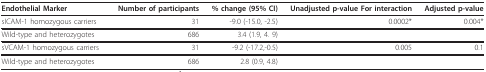
<table><thead><tr><td><b>Endothelial Marker</b></td><td><b>Number of participants</b></td><td><b>% change (95% CI)</b></td><td><b>Unadjusted p-value For interaction</b></td><td><b>Adjusted p-value</b></td></tr></thead><tbody><tr><td>sICAM-1 homozygous carriers</td><td>31</td><td>-9.0 (-15.0, -2.5)</td><td>0.0002*</td><td>0.004*</td></tr><tr><td>Wild-type and heterozygotes</td><td>686</td><td>3.4 (1.9, 4. 9)</td><td></td><td></td></tr><tr><td>sVCAM-1 homozygous carriers</td><td>31</td><td>-9.2 (-17.2,-0.5)</td><td>0.005</td><td>0.1</td></tr><tr><td>Wild-type and heterozygotes</td><td>686</td><td>2.8 (0.9, 4.8)</td><td></td><td></td></tr></tbody></table>